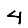
Digit: 4